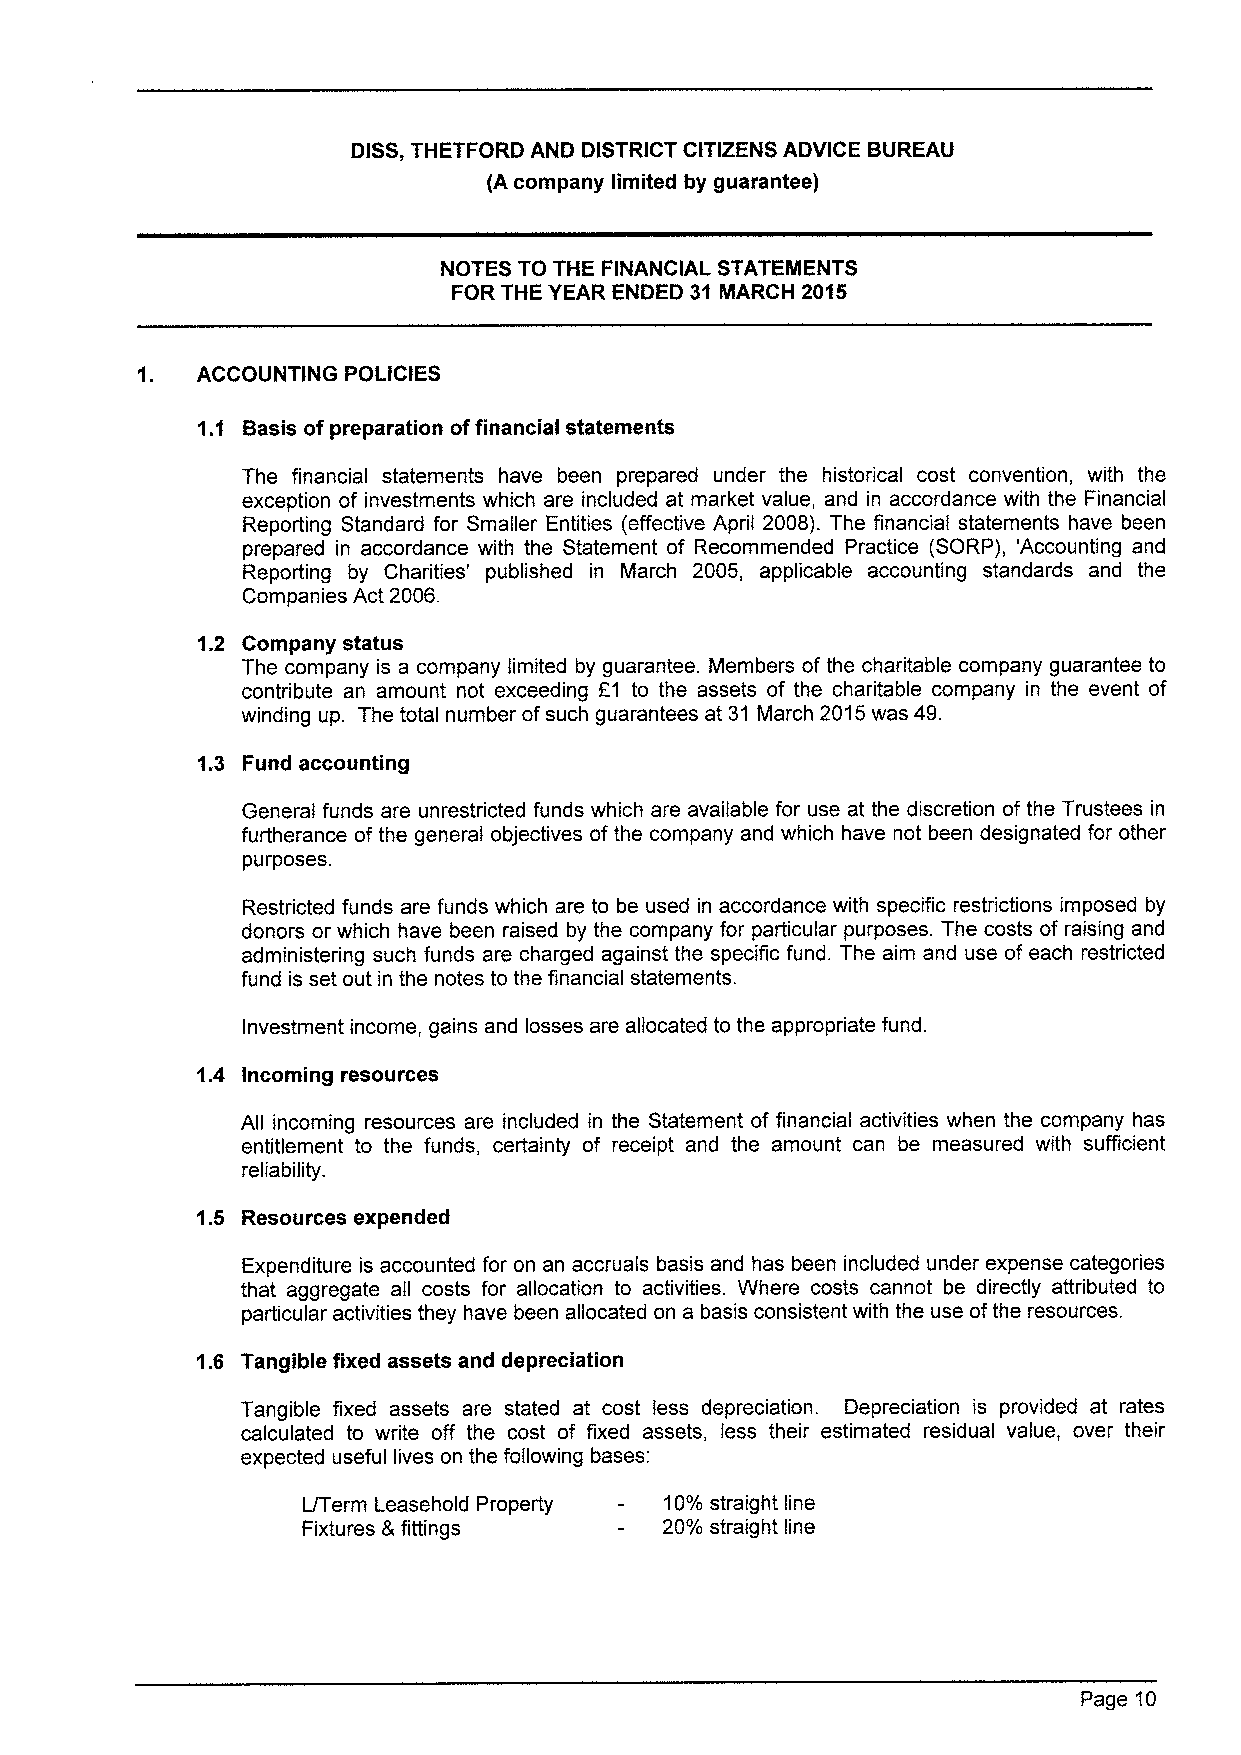
DISS,THETFORD AND DISTRICT CITIZENS ADVICE BUREAU
 (A company limited by guarantee)
 NOTES TO THE FINANCIAL STATEMENTS
 FOR THE YEAR ENDED 31 MARCH 2015
 1.  ACCOUNTING POLICIES
 1.1 Basis of preparation offinancial statements
 The financial statements have been prepared under the historical cost convention, with the
 exception of investments which are included at market value, and in accordance with the Financial
 Reporting Standard for Smaller Entities {effective April 2008). The financial statements have been
 prepared in accordance with the Statement of Recommended Practice (SORP), 'Accounting and
 Reporting by Charities' published in March 2005, applicable accounting standards and the
 Companies Act 2006.
 1.2 Company status
 The company is a company limited by guarantee. Members of the charitable company guarantee to
 contribute an amount not exceeding F1 to the assets of the charitable company in the event of
 winding up. The total number ofsuch guarantees at 31 March 2015was 49.
 1.3 Fund accounting
 General funds are unrestricted funds which are available for use at the discretion of the Trustees in
 furtherance of the general objectives of the company and which have not been designated for other
 purposes.
 Restricted funds are funds which are to be used in accordance with specific restrictions imposed by
 donors or which have been raised by the company for particular purposes. The costs of raising and
 administering such funds are charged against the specific fund. The aim and use of each restricted
 fund is set out in the notes to the financial statements.
 Investment income, gains and losses are allocated to the appropriate fund.
 1.4 Incoming resources
 All incoming resources are included in the Statement of financial activities when the company has
 entitlement to the funds, certainty of receipt and the amount can be measured with sufficient
 reliability.
 1.5 Resources expended
 Expenditure is accounted for on an accruals basis and has been included under expense categories
 that aggregate all costs for allocation to activities. Where costs cannot be directly attributed to
 particular activities they have been allocated on a basis consistent with the use ofthe resources.
 1.6 Tangible fixed assets and depreciation
 Tangible fixed assets are stated at cost less depreciation. Depreciation is provided at rates
 calculated to write off the cost of fixed assets, less their estimated residual value, over their
 expected useful lives on the following bases:
 L/Term Leasehold Property — 10%straight line
 Fixtures &fittings      20%straight line
 Page 10